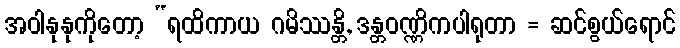
အဝါနုနုကိုတော့ “ရထိကာယ ဂမိဿန္တိ, ဒန္တဝဏ္ဏိကပါရုတာ = ဆင်စွယ်ရောင်